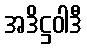
အဒိဋ္ဌဝါဒီ